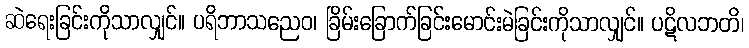
ဆဲရေးခြင်းကိုသာလျှင်။ ပရိဘာသညေဝ၊ ခြိမ်းခြောက်ခြင်းမောင်းမဲခြင်းကိုသာလျှင်။ ပဋိလဘတိ၊